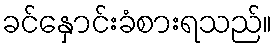
ခင်နှောင်းခံစားရသည်။